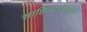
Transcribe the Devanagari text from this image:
साहित्यातीलही